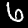
Digit: 6